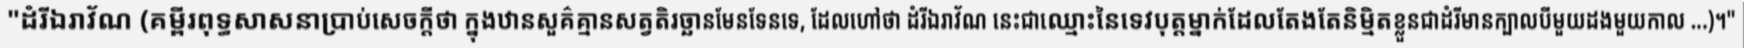
"ដំរីឯរាវ័ណ (គម្ពីរពុទ្ធសាសនាប្រាប់សេចក្តីថា ក្នុងឋានសួគ៌គ្មានសត្វតិរច្ឆានមែនទែនទេ, ដែលហៅថា ដំរីឯរាវ័ណ នេះជាឈ្មោះនៃទេវបុត្តម្នាក់ដែលតែងតែនិម្មិតខ្លួនជាដំរីមានក្បាលបីមួយដងមួយកាល ...)។"